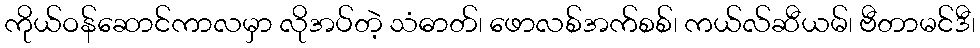
ကိုယ်ဝန်ဆောင်ကာလမှာ လိုအပ်တဲ့ သံဓာတ်၊ ဖောလစ်အက်စစ်၊ ကယ်လ်ဆီယမ်၊ ဗီတာမင်ဒီ၊